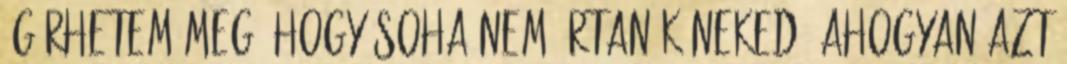
ígérhetem meg, hogy soha nem ártanék neked, ahogyan azt